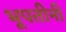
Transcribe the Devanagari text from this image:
भूपतीनी